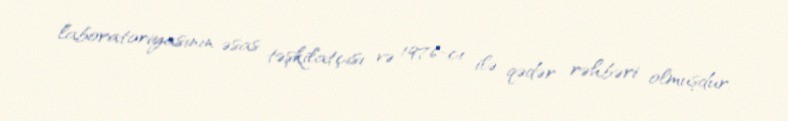
laboratoriyasının əsas təşkilatçısı və 1976-cı ilə qədər rəhbəri olmuşdur.